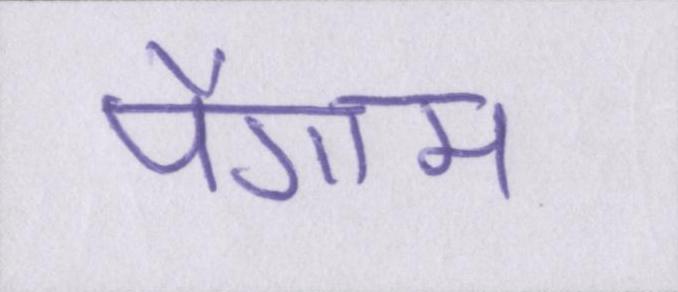
पैगाम